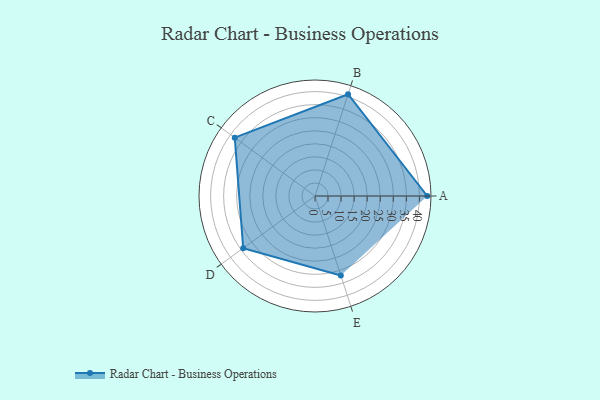
{"axis": {"x": "Skill", "y": "Score"}, "legend": ["Profile"], "data": [{"x": "A", "y": 43.0, "type": "Profile"}, {"x": "B", "y": 41.0, "type": "Profile"}, {"x": "C", "y": 38.0, "type": "Profile"}, {"x": "D", "y": 34.0, "type": "Profile"}, {"x": "E", "y": 32.0, "type": "Profile"}]}